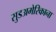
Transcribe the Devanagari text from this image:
सुडअमेरिकाना